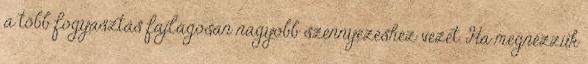
a több fogyasztás fajlagosan nagyobb szennyezéshez vezet. Ha megnézzük